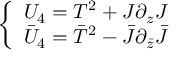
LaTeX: \left\{ \begin{array} { l } { { U _ { 4 } = T ^ { 2 } + J \partial _ { z } J } } \\ { { \bar { U } _ { 4 } = \bar { T } ^ { 2 } - \bar { J } \partial _ { \bar { z } } \bar { J } } } \end{array} \right.